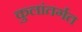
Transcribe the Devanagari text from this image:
कुलांतर्गत